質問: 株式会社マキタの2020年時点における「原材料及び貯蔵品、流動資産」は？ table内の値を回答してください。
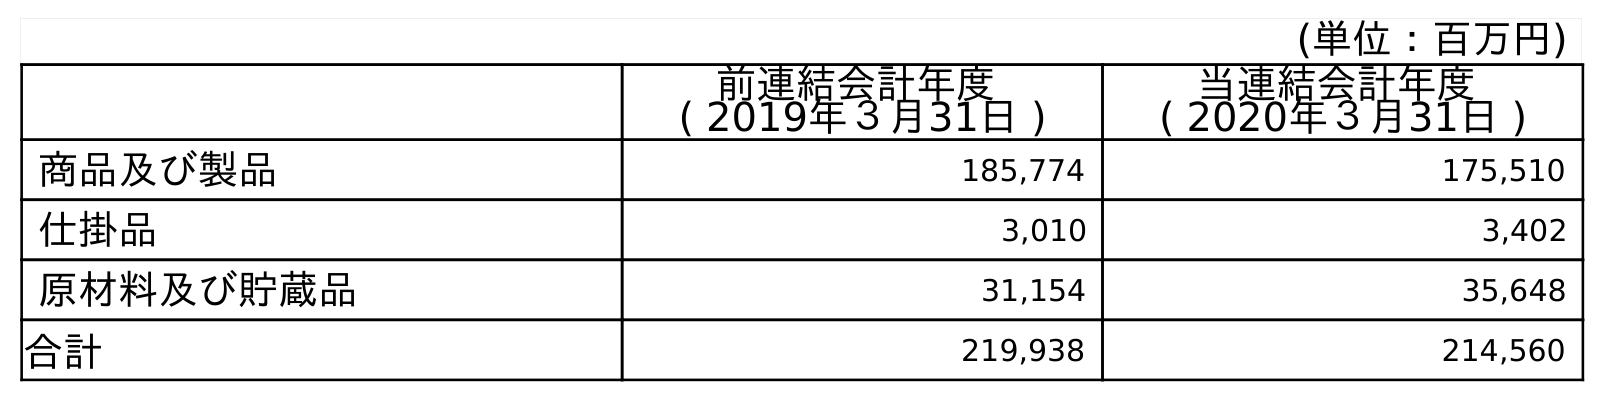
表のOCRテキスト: (単位：百万円) 前連結会計年度 ( 2019年３月31日 ) 当連結会計年度 ( 2020年３月31日 ) 商品及び製品 185,774 175,510 仕掛品 3,010 3,402 原材料及び貯蔵品 31,154 35,648 合計 219,938 214,560
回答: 35,648